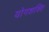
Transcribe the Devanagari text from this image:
योगशक्‍ति